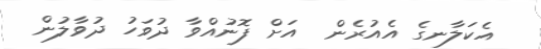
އެކަލާނގެ އެއުރެން  އަށް ފޮނުއްވާ ދުވަހު ދުވާލުން